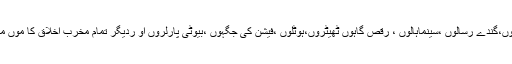
یہ ساری چیزیں آج کل روز مرہ کا واقعہ ہے ہم اپنی آنکھوں سے دیکھ رہے ہیں کہ لوگ فحش فلموں،گندے رسالوں ،سینماہالوں ، رقص گاہوں ٹھیٹروں،ہوٹلوں ،فیشن کی جگہوں ،بیوٹی پارلروں او ردیگر تمام مخرب اخلاق کا موں میں اپنے اوپر لگے ہوے سود کو ادا کرکے اپنے پاس اس حرام کمائی کا مزید حصہ پیدا کرتے ہیں۔